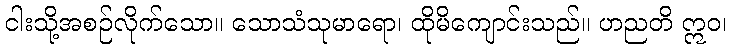
ငါးသို့အစဉ်လိုက်သော။ သောသံသုမာရော၊ ထိုမိကျောင်းသည်။ ဟညတိ ဣဝ၊